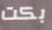
بكت